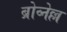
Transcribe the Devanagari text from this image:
ब्रोव्नेल्ल